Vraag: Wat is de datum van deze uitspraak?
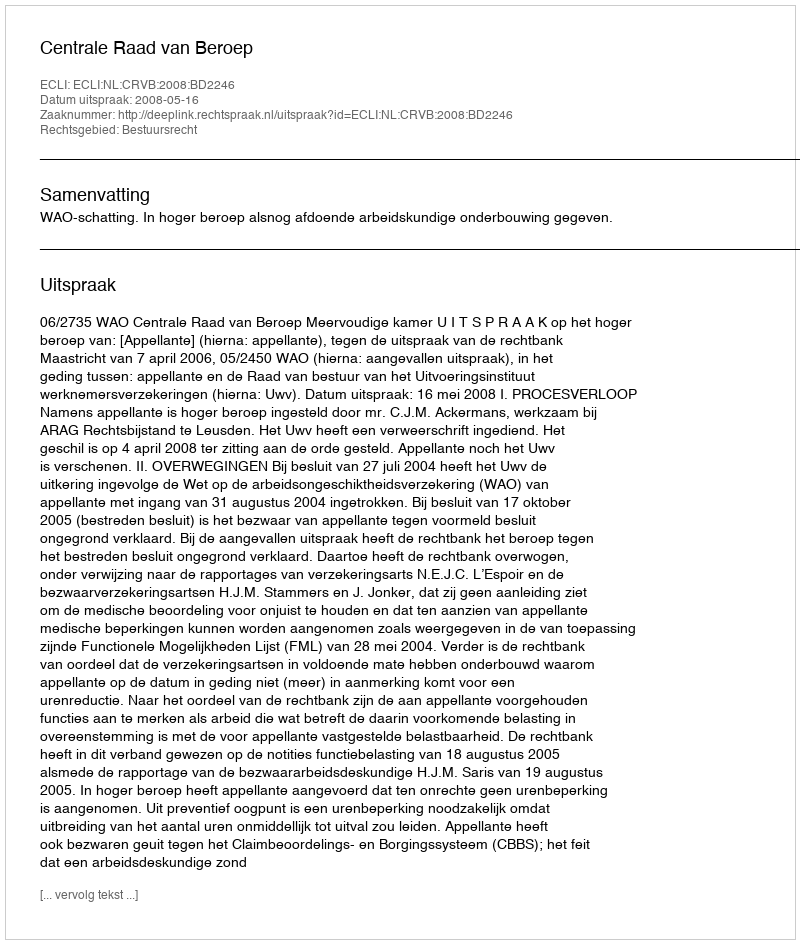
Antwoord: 2008-05-16